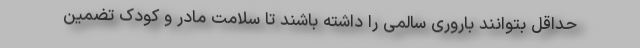
حداقل بتوانند باروری سالمی را داشته باشند تا سلامت مادر و کودک تضمین